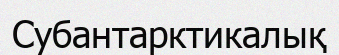
Субантарктикалық